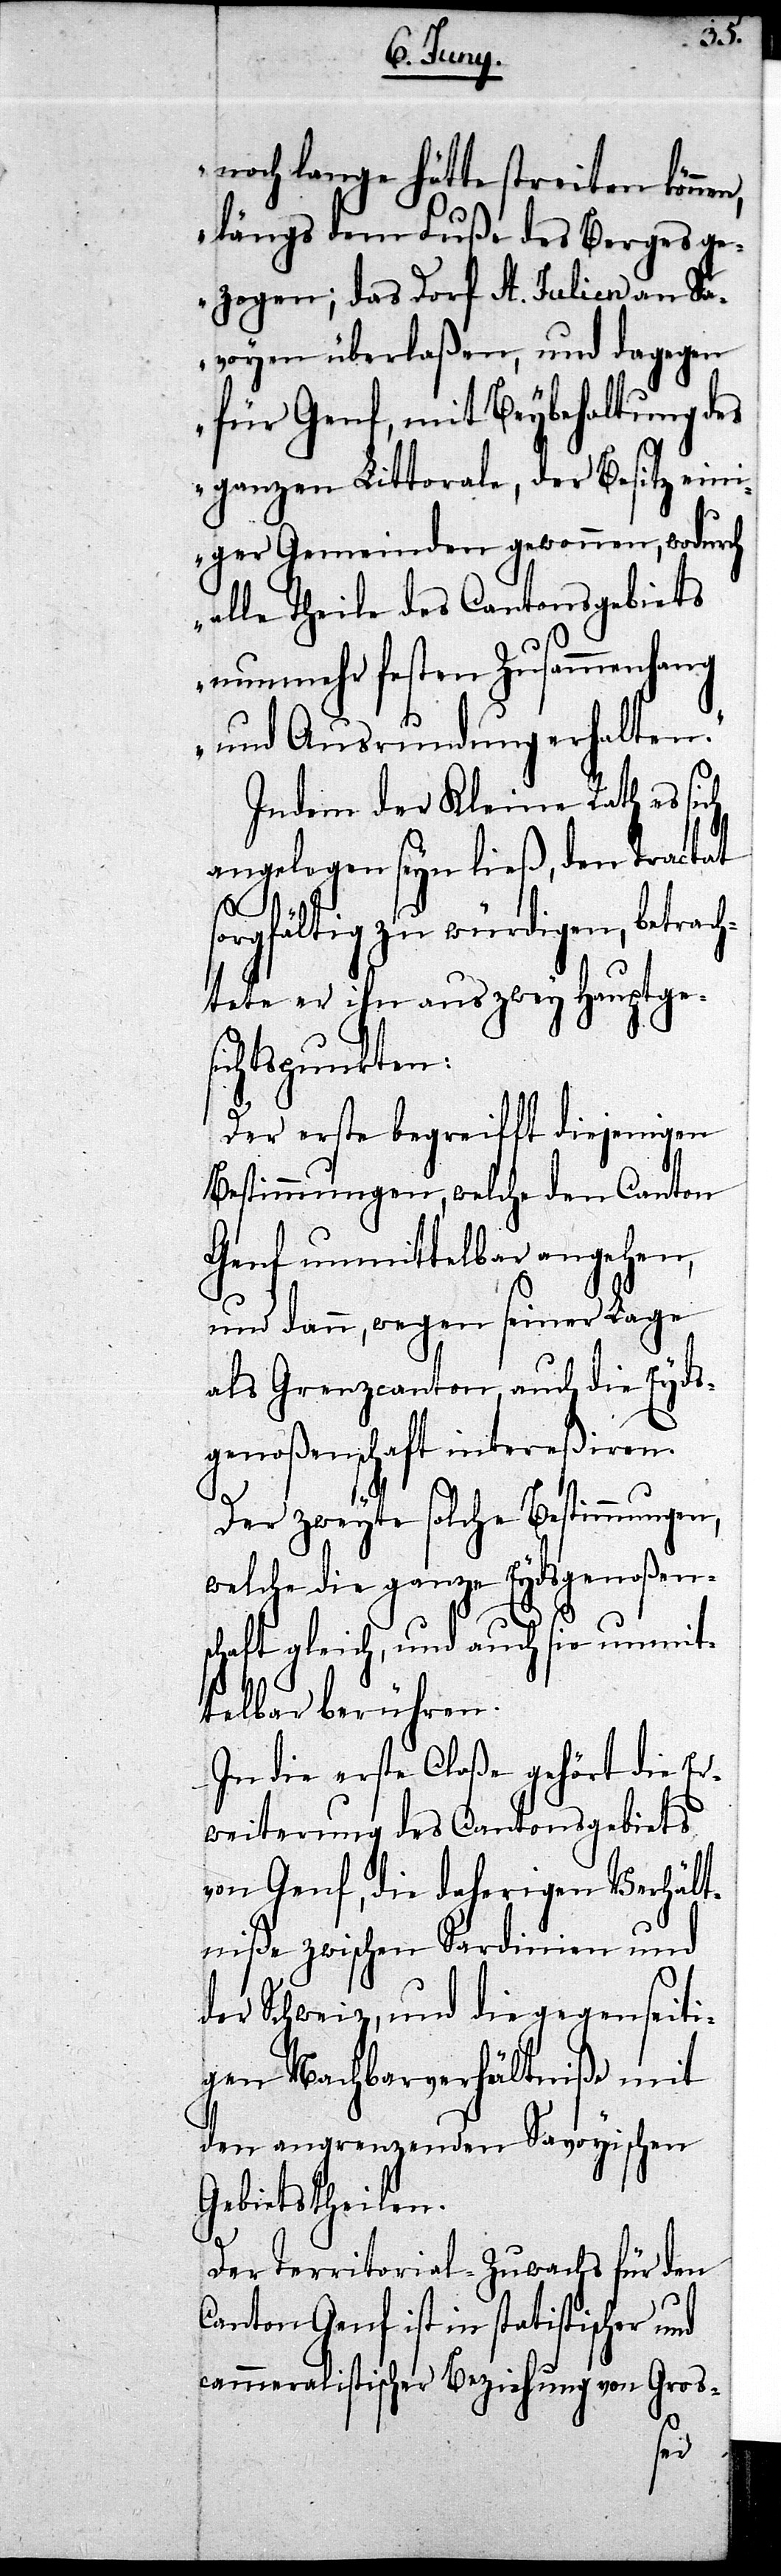
n,
noch lange hätte streiten könne¬
längs dem Fuße des Berges ge¬
zogen; das Dorf St. Julien an Sa¬
voyen überlaßen, und dagegen
für Genf, mit Beybehaltung des
ganzen Littorale, der Besitz ein¬
iger Gemeinden gewonnen, wodurch
alle Theile des Cantonsgebiets
nunmehr festen Zusammenhang
und Ausrundung erhalten.“
Indem der Kleine Rath es sich
angelegen seyn ließ, den Tractat
sorgfältig zu würdigen, betrac¬
htete er ihn aus zwey Hauptge¬
sichtspunkten:
Der erste begreifft diejenigen
Bestimmungen, welche den Canton
Genf unmittelbar angehen,
und dann, wegen seiner Lage
als Grenzcanton, auch die Eyds¬
genoßenschaft intereßiren.
Der zweyte solche Bestimmungen,
welche die ganze Eydsgenoßen¬
schaft gleich, und auch sie unmit¬
telbar berühren.
In die erste Claße gehört die Er¬
weiterung des Cantonsgebiets
von Genf, die daherigen Verhält¬
niße zwischen Sardinien und
der Schweiz, und die gegenseiti¬
gen Nachbarverhältniße mit
den angrenzenden Savoyischen
Gebietstheilen.
Der Territorial-Zuwachs für den
Canton Genf ist in statistischer und
cammeralistischer Beziehung von Gros-